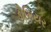
ડોમિયર